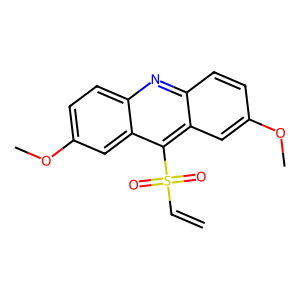
SMILES: C=CS(=O)(=O)c1c2cc(OC)ccc2nc2ccc(OC)cc12
Inhibits HIV replication: No